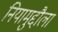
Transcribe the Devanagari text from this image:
नियामुद्दौला